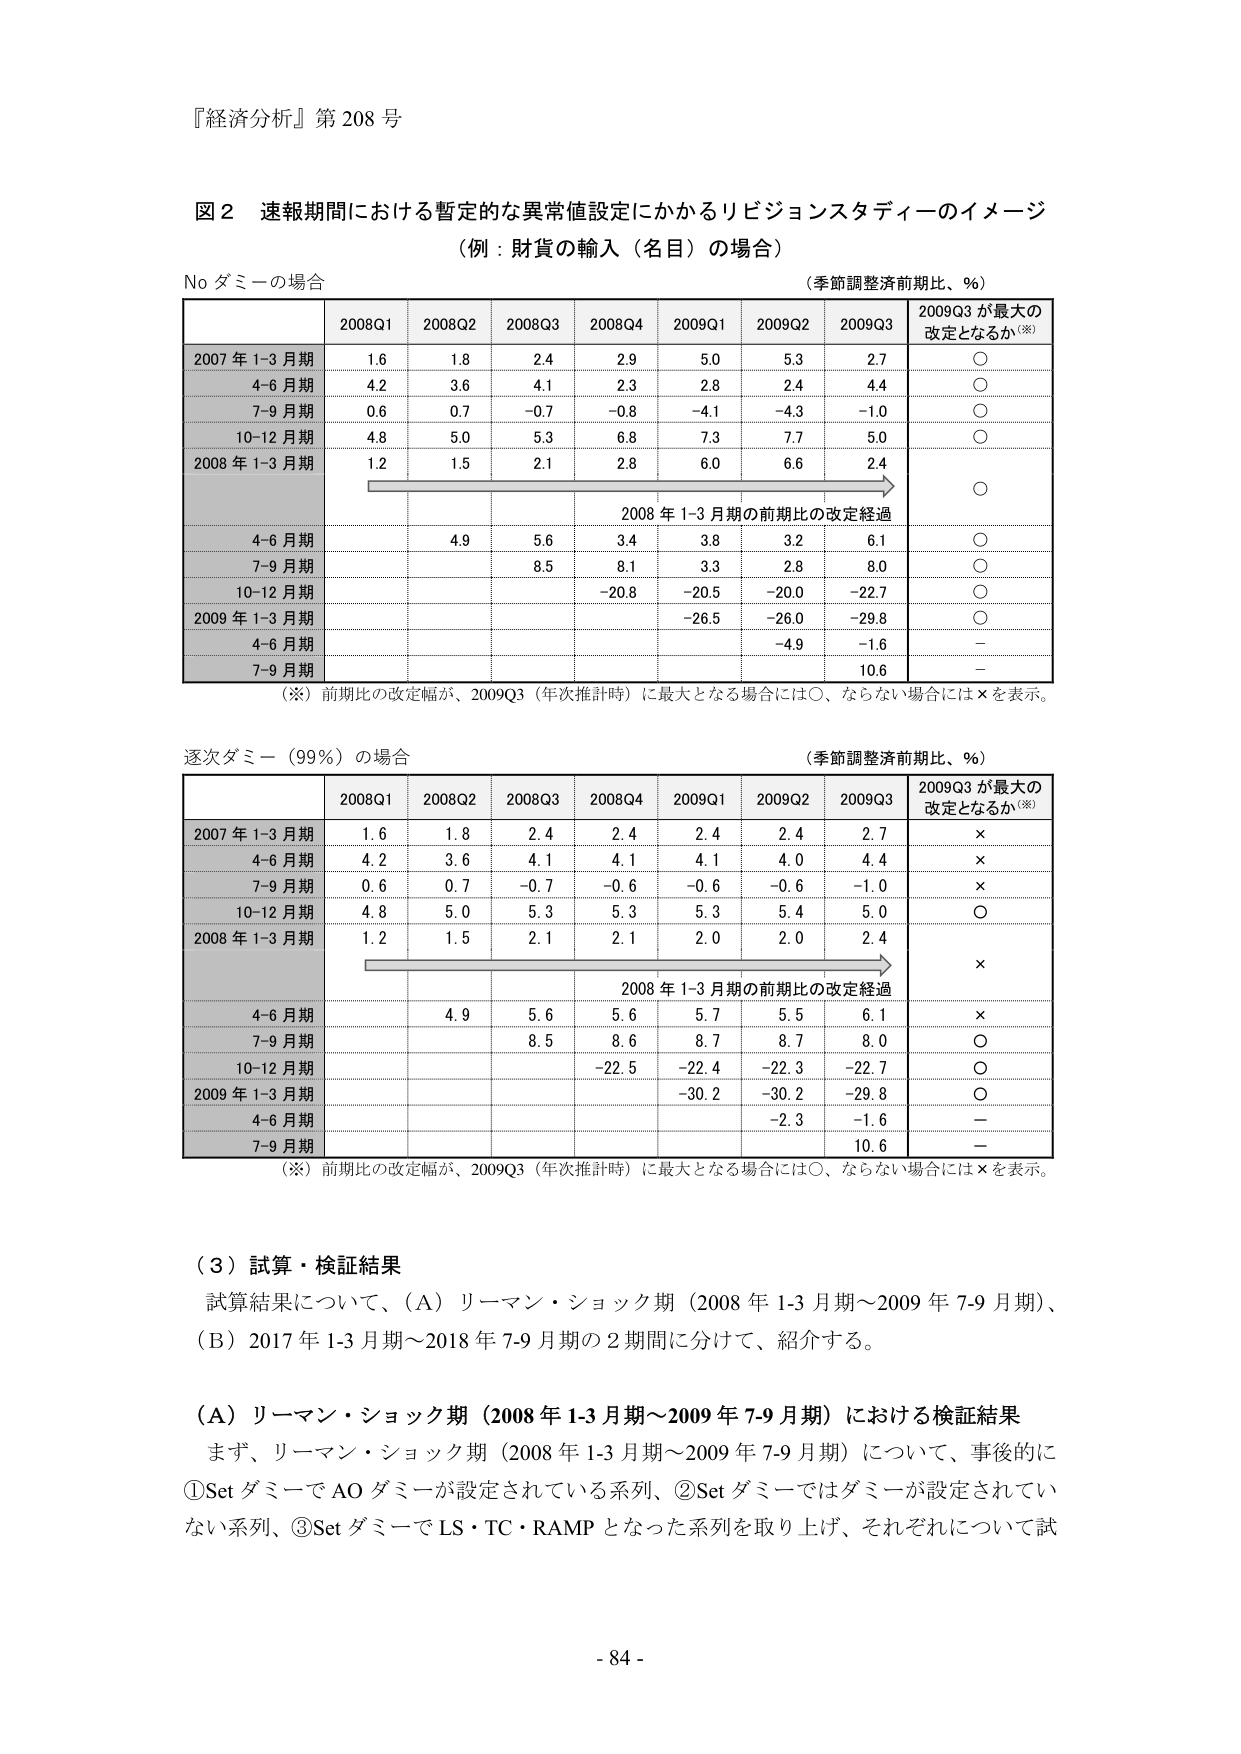
『経済分析』第 208 号

図 2 速報期間における暫定的な異常値設定にかかるリビジョンスタディーのイメージ
（例：財貨の輸入（名目）の場合）

No ダミーの場合
（季節調整済前期比、％）

2008Q1 2008Q2 2008Q3 2008Q4 2009Q1 2009Q2 2009Q3 2009Q3 が最大の改定となるか（※）

2007 年 1-3 月期 1.6 1.8 2.4 2.9 5.0 5.3 2.7 ○
4-6 月期 4.2 3.6 4.1 2.3 2.8 2.4 4.4 ○
7-9 月期 0.6 0.7 -0.7 -0.8 -4.1 -4.3 -1.0 ○
10-12 月期 4.8 5.0 5.3 6.8 7.3 7.7 5.0 ○
2008 年 1-3 月期 1.2 1.5 2.1 2.8 6.0 6.6 2.4 ○
2008 年 1-3 月期の前期比の改定経過
4-6 月期 4.9 5.6 3.4 3.8 3.2 6.1 ○
7-9 月期 8.5 8.1 3.3 2.8 8.0 ○
10-12 月期 -20.8 -20.5 -20.0 -22.7 ○
2009 年 1-3 月期 -26.5 -26.0 -29.8 ○
4-6 月期 -4.9 -1.6 -
7-9 月期 10.6 -

（※）前期比の改定幅が、2009Q3（年次推計時）に最大となる場合には○、ならない場合には×を表示。

逐次ダミー（99％）の場合
（季節調整済前期比、％）

2008Q1 2008Q2 2008Q3 2008Q4 2009Q1 2009Q2 2009Q3 2009Q3 が最大の改定となるか（※）

2007 年 1-3 月期 1.6 1.8 2.4 2.4 2.4 2.4 2.7 ×
4-6 月期 4.2 3.6 4.1 4.1 4.1 4.0 4.4 ×
7-9 月期 0.6 0.7 -0.7 -0.6 -0.6 -0.6 -1.0 ×
10-12 月期 4.8 5.0 5.3 5.3 5.3 5.4 5.0 ○
2008 年 1-3 月期 1.2 1.5 2.1 2.1 2.0 2.0 2.4 ×
2008 年 1-3 月期の前期比の改定経過
4-6 月期 4.9 5.6 5.6 5.7 5.5 6.1 ×
7-9 月期 8.5 8.6 8.7 8.7 8.0 ○
10-12 月期 -22.5 -22.4 -22.3 -22.7 ○
2009 年 1-3 月期 -30.2 -30.2 -29.8 ○
4-6 月期 -2.3 -1.6 -
7-9 月期 10.6 -

（※）前期比の改定幅が、2009Q3（年次推計時）に最大となる場合には○、ならない場合には×を表示。

（３）試算・検証結果
試算結果について、（A）リーマン・ショック期（2008 年 1-3 月期～2009 年 7-9 月期）、
（B）2017 年 1-3 月期～2018 年 7-9 月期の 2 期間に分けて、紹介する。

（A）リーマン・ショック期（2008 年 1-3 月期～2009 年 7-9 月期）における検証結果
まず、リーマン・ショック期（2008 年 1-3 月期～2009 年 7-9 月期）について、事後的に
①Set ダミーで AO ダミーが設定されている系列、②Set ダミーではダミーが設定されてい
ない系列、③Set ダミーで LS・TC・RAMP となった系列を取り上げ、それぞれについて試

- 84 -